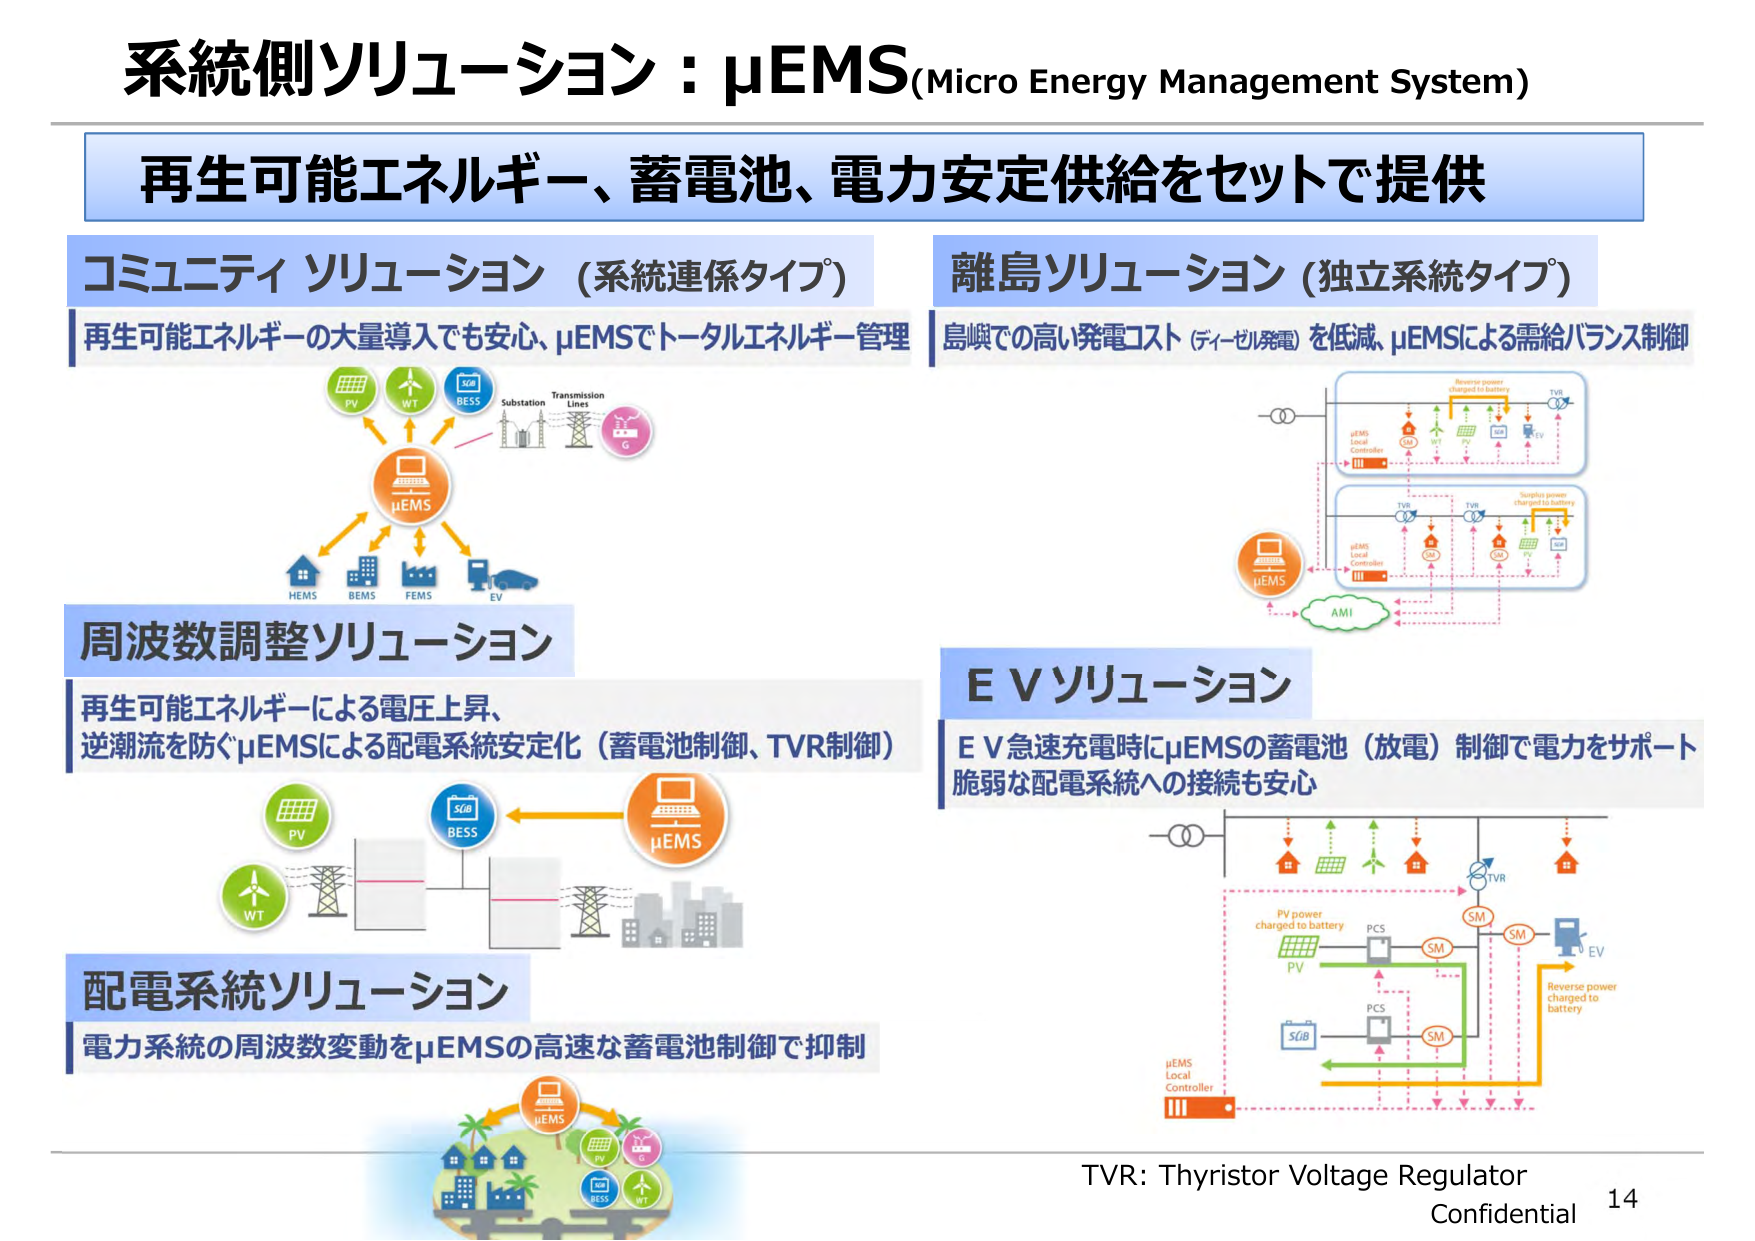
系統側ソリューション：μEMS (Micro Energy Management System)

再生可能エネルギー、蓄電池、電力安定供給をセットで提供

コミュニティソリューション（系統連係タイプ）
再生可能エネルギーの大量導入でも安心、μEMSでトータルエネルギー管理

離島ソリューション（独立系統タイプ）
島嶼での高い発電コスト（ディーゼル発電）を低減、μEMSによる需給バランス制御

周波数調整ソリューション
再生可能エネルギーによる電圧上昇、
逆潮流を防ぐμEMSによる配電系統安定化（蓄電池制御、TVR制御）

E Vソリューション
E V急速充電時にμEMSの蓄電池（放電）制御で電力をサポート
脆弱な配電系統への接続も安心

配電系統ソリューション
電力系統の周波数変動をμEMSの高速な蓄電池制御で抑制

TVR: Thyristor Voltage Regulator
Confidential
14

PV
WT
BESS
Substation
Transmission Lines
G
μEMS
HEMS
BEMS
FEMS
EV

μEMS
Local Controller
AMI
TVR
Reverse power charged to battery
Sunlight power charged to battery
μEMS
Local Controller
TVR
TVR
SM
SM
EV
PV power charged to battery
PCS
SM
PCS
SM
Reverse power charged to battery
μEMS
Local Controller
SCB
SCB
BESS
PV
WT
μEMS
PV
WT
BESS
SCB
μEMS